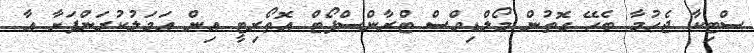
ސްޓިކާ ޖެހުމާ ބެހޭ ގޮތުން މޯލްޑިވްސް ޓްރާންސްޕޯޓް އޮތޯރިޓީ އިން އަމަލުކުރަންފަށާ އާ